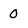
Character: 0